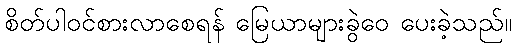
စိတ်ပါဝင်စားလာစေရန် မြေယာများခွဲဝေ ပေးခဲ့သည်။